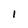
Character: I